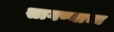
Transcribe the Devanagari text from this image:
सागण्याचा